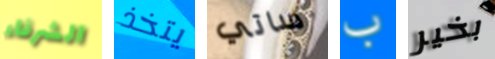
الشرفاء يتخذ ساتي ب بخير